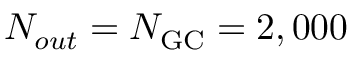
N _ { o u t } = N _ { \mathrm { G C } } = 2 , 0 0 0